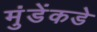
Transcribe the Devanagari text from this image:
मुंडेंकडे